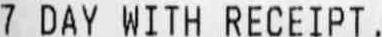
7 DAY WITH RECEIPT .